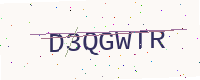
Text: D3QGWTR